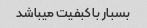
بسبار با کبفیت میباشد